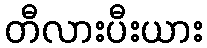
တီလားပီးယား